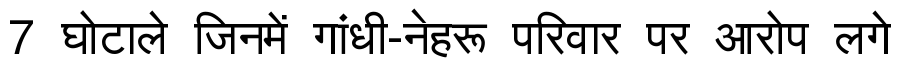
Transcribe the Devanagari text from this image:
7 घोटाले जिनमें गांधी-नेहरू परिवार पर आरोप लगे